Vaccine operations Central Provinces 1868-1885 - 1868-1885
Year: 1868
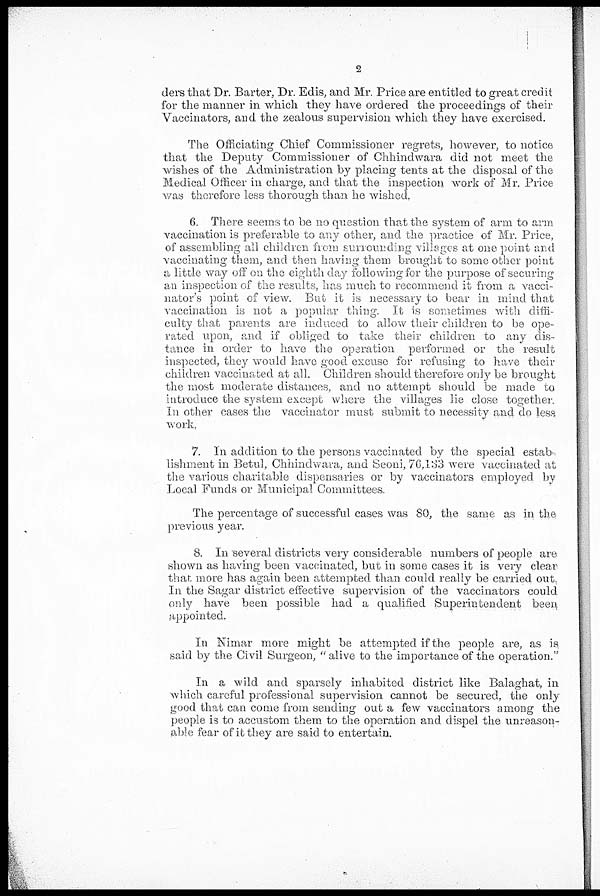
2
ders that Dr. Barter, Dr. Edis, and Mr. Price are entitled to great credit
for the manner in which they have ordered the proceedings of their
Vaccinators, and the zealous supervision which they have exercised.
The Officiating Chief Commissioner regrets, however, to notice
that the Deputy Commissioner of Chhindwara did not meet the
wishes of the Administration by placing tents at the disposal of the
Medical Officer in charge, and that the inspection work of Mr. Price
was therefore less thorough than he wished.
6. There seems to be no question that the system of arm to arm
vaccination is preferable to any other, and the practice of Mr. Price,
of assembling all children from surrounding villages at one point and
vaccinating them, and then having them brought to some other point
a little way off on the eighth day following for the purpose of securing
an inspection of the results, has much to recommend it from a vacci-
nator's point of view. But it is necessary to bear in mind that
vaccination is not a popular thing. It is sometimes with diffi-
culty that parents are induced to allow their children to be ope-
rated upon, and if obliged to take their children to any dis-
tance in order to have the operation performed or the result
inspected, they would have good excuse for refusing to have their
children vaccinated at all. Children should therefore only be brought
the most moderate distances, and no attempt should be made to
introduce the system except where the villages lie close together.
In other cases the vaccinator must submit to necessity and do less
work,
7. In addition to the persons vaccinated by the special estab-
lishment in Betul, Chhindwara, and Seoni, 76,133 were vaccinated at
the various charitable dispensaries or by vaccinators employed by
Local Funds or Municipal Committees.
The percentage of successful cases was 80, the same as in the
previous year.
8. In several districts very considerable numbers of people are
shown as having been vaccinated, but in some cases it is very clear
that more has again been attempted than could really be carried out.
In the Sagar district effective supervision of the vaccinators could
only have been possible had a qualified Superintendent been
appointed.
In Nimar more might be attempted if the people are, as is
said by the Civil Surgeon, "alive to the importance of the operation."
In a wild and sparsely inhabited district like Balaghat, in
which careful professional supervision cannot be secured, the only
good that can come from sending out a few vaccinators among the
people is to accustom them to the operation and dispel the unreason-
able fear of it they are said to entertain.